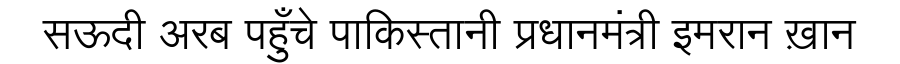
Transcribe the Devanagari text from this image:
सऊदी अरब पहुँचे पाकिस्तानी प्रधानमंत्री इमरान ख़ान